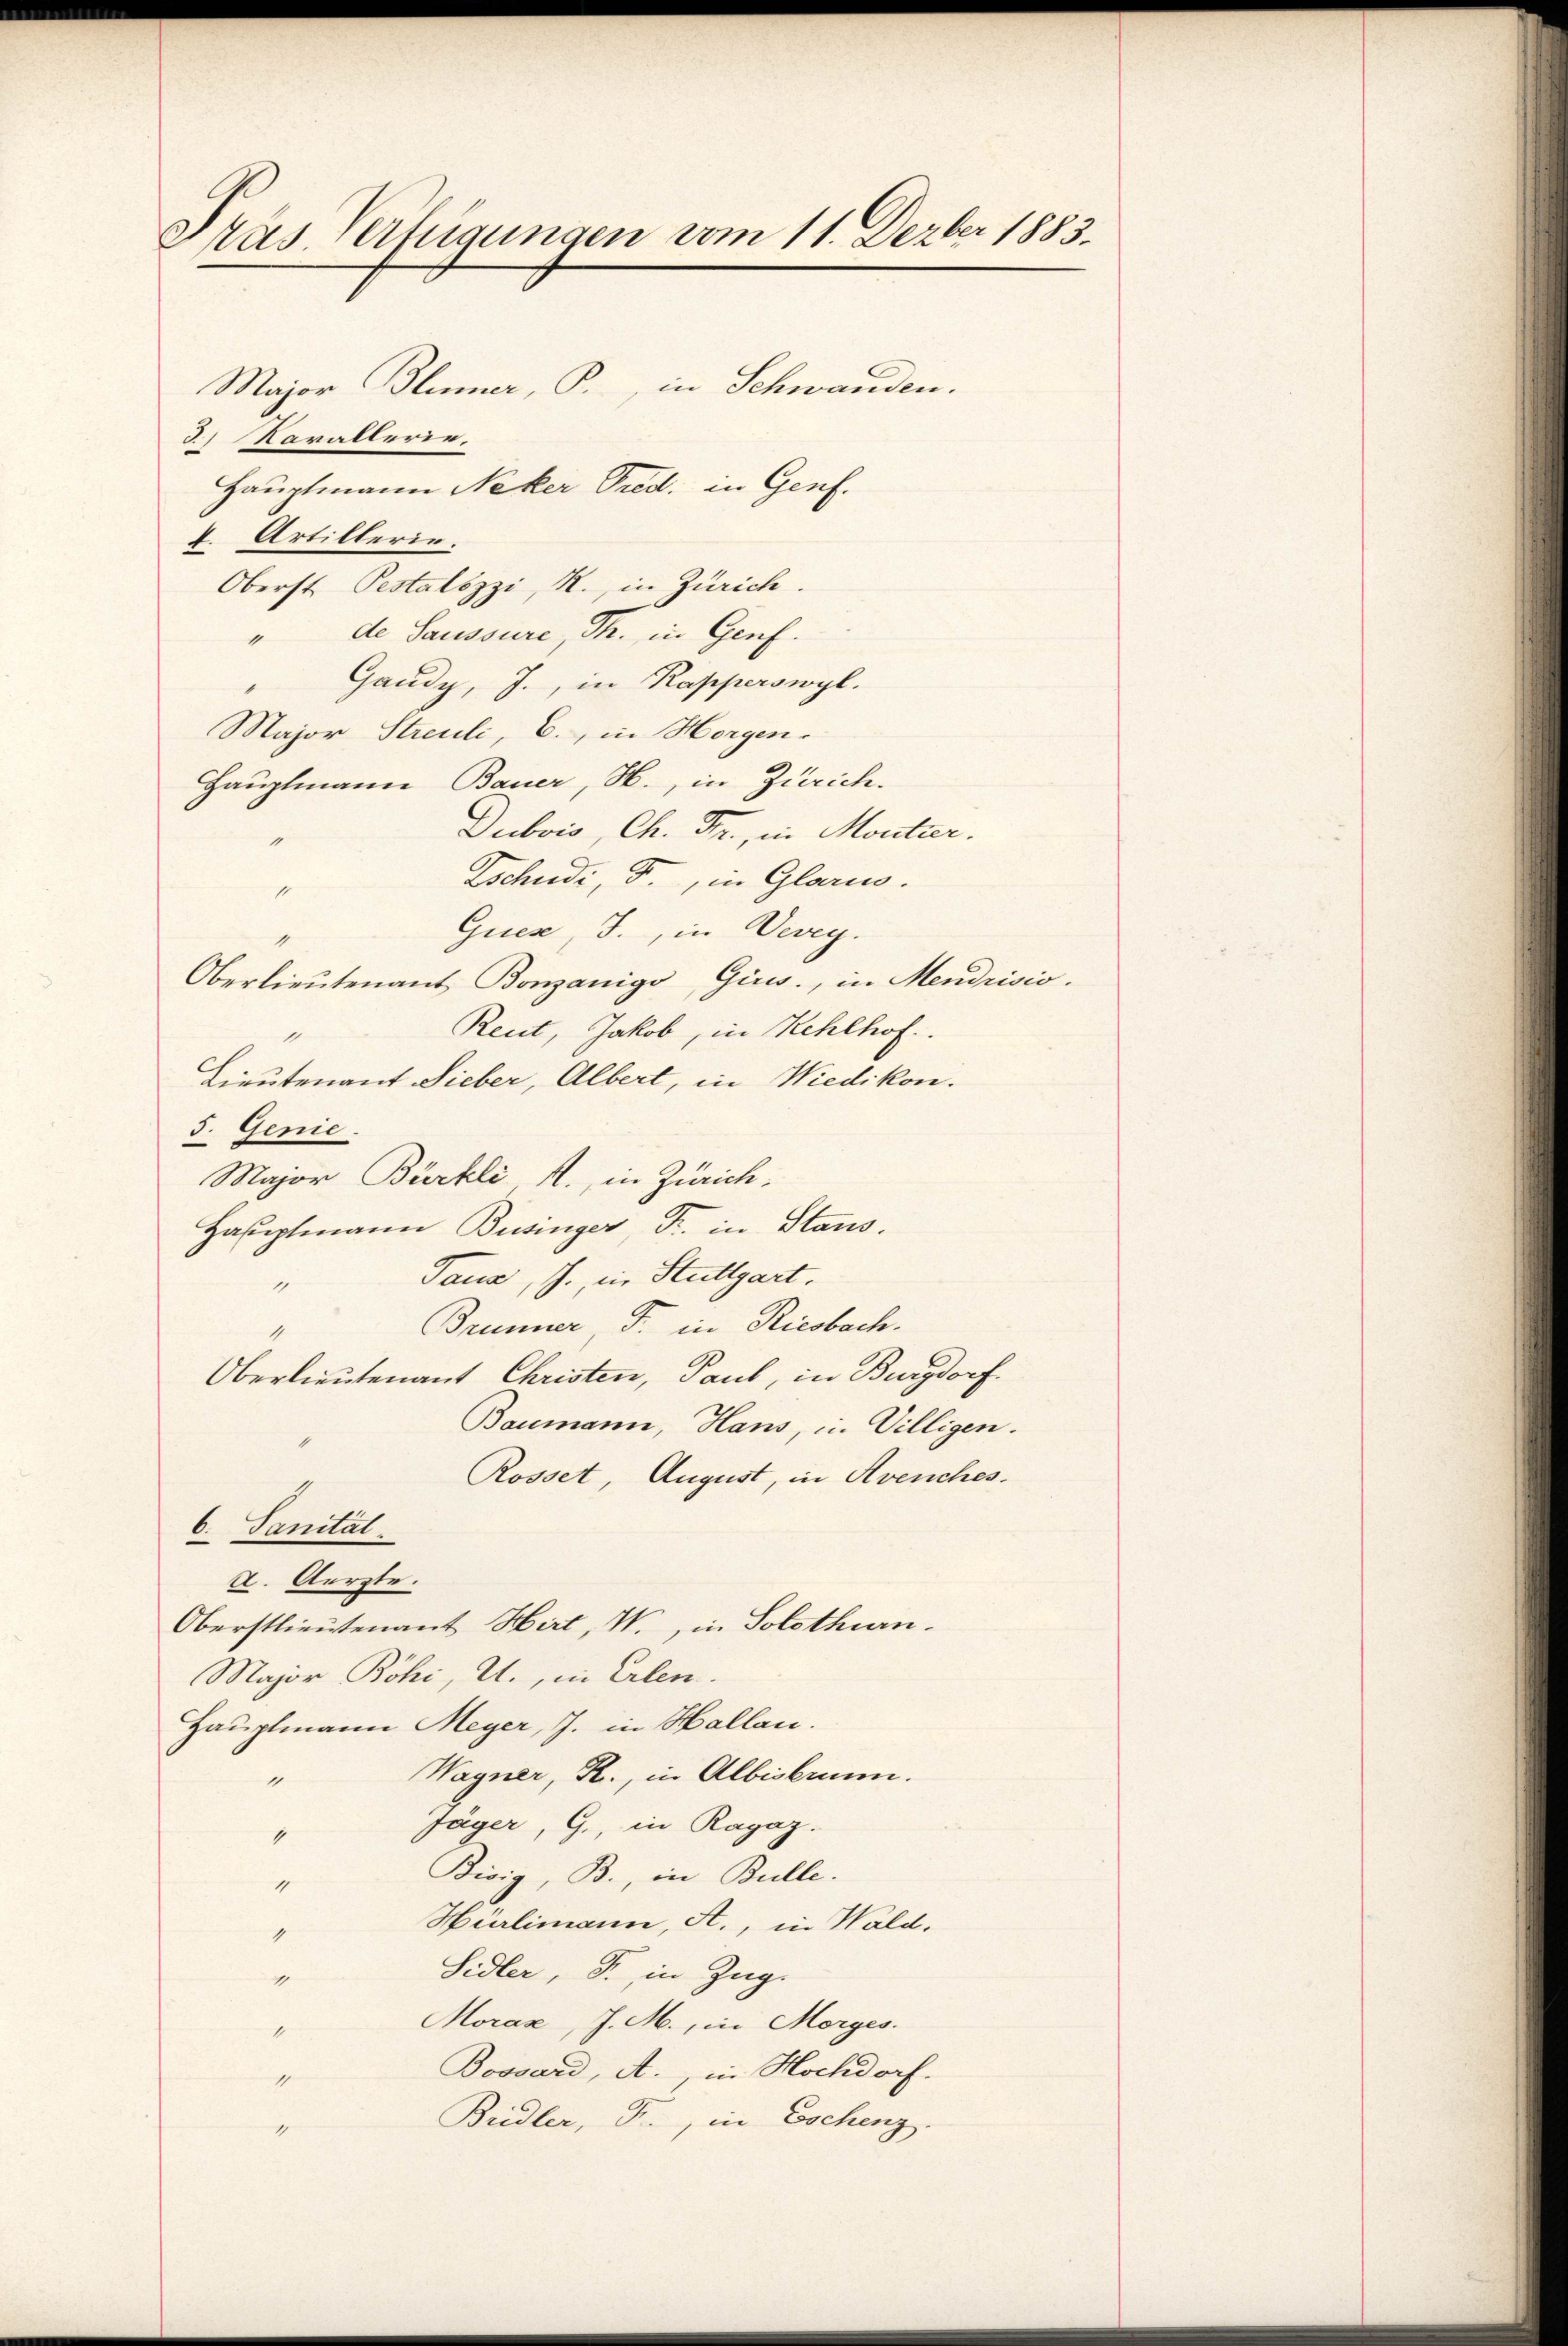
Dras Verfügungen vom 11. Dezber 1883.

Major Blümer, P., in Schwanden.
d) Kavallerie,
Hauptmann Neker Pred. in Genf.
4. Artillerie.
Oberst Pestalozzi, R., in Zürich.
" de Saussure, Th. in Genf.
Gandy, J., in Kapperswyl.
Major Streuli, E., in Horgen.
Hauptmann Bauer, H., in Zürich.
Dubois, Ch. Fr., in Montier.
Tschudi, T., in Glarm.
1
Gues, J., in Vevey.
1
Oberlieŭtenant Bonzanige Girws., in Mendrisio
Reut, Jakob, in Kehlhof.
1
Lieutenant Lieber, Albert, in Wiedikon.
5. Genie.
Major Bürkli A., in Zürich:
Hauptmann Businger, Fr. Stans.
Tana, J., in Stuttgart.
1
Brunner, J. in Riesbach.
Oberlieutenant Christen, Paul, in Burgdorf.
Baumann, Hans, in Villigen.
Rosset, August, in Avenches.
6. Sanität
X. Aerzte.
Oberstlieutenant Hirt, W., in Solothurn.
Major Röhi, U., in Erlen.
Hauptmann Meyer, J. in Hallau.
Wagner, R., in Albisbrunn.
4
Jäger, G., in Ragaz.
1
Bisig, B., in Bulle.
1
Hürlimann, A., in Wald.
1
Sidler, J., in Zug.
“
Moraz, J. M., in Morges.
1
Bossard, A., in Hochdorf.
4
Budler, Fr., in Eschenz